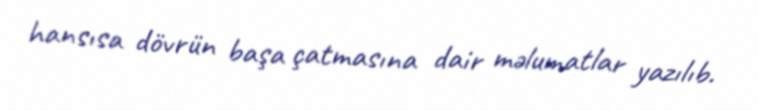
hansısa dövrün başa çatmasına dair məlumatlar yazılıb.